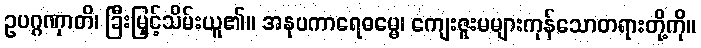
ဥပဂ္ဂဏှာတိ၊ ခြီးမြှင့်သိမ်းယူ၏။ အနုပကာရေဓမ္မေ၊ ကျေးဇူးမများကုန်သောတရားတို့ကို။